Annual statistical returns and brief notes on vaccination in Bengal - 1909-1929
Year: 1909
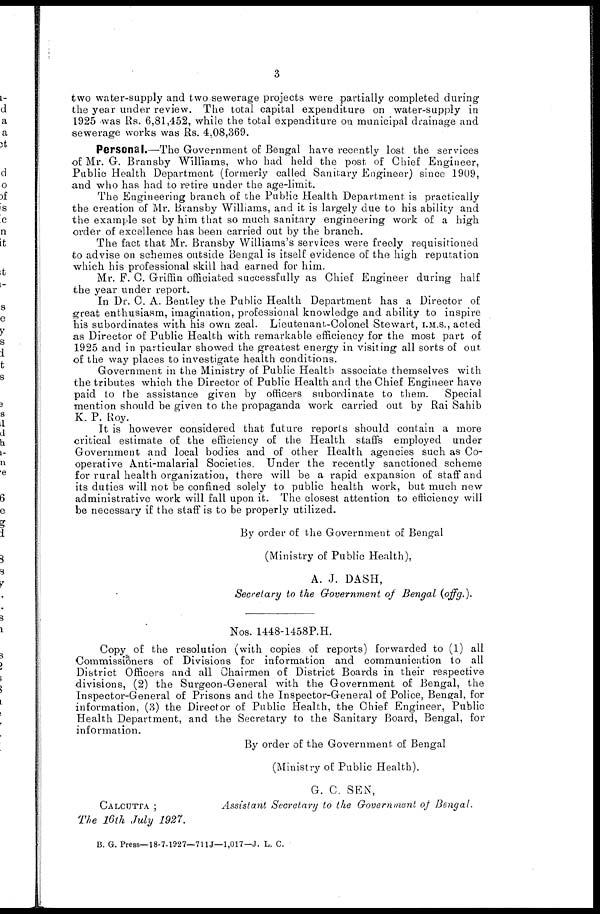
3
two water-supply and two sewerage projects were partially completed during
the year under review. The total capital expenditure on water-supply in
1925 was Rs. 6,81,452, while the total expenditure on municipal drainage and
sewerage works was Rs. 4,08,369.
Personal.—The Government of Bengal have recently lost the services
of Mr. G. Bransby Williams, who had held the post of Chief Engineer,
Public Health Department (formerly called Sanitary Engineer) since 1909,
and who has had to retire under the age-limit.
The Engineering branch of the Public Health Department is practically
the creation of Mr. Bransby Williams, and it is largely due to his ability and
the example set by him that so much sanitary engineering work of a high
order of excellence has been carried out by the branch.
The fact that Mr. Bransby Williams's services were freely requisitioned
to advise on schemes outside Bengal is itself evidence of the high reputation
which his professional skill had earned for him.
Mr. F. C. Griffin officiated successfully as Chief Engineer during half
the year under report.
In Dr. C. A. Bentley the Public Health Department has a Director of
great enthusiasm, imagination, professional knowledge and ability to inspire
his subordinates with his own zeal. Lieutenant-Colonel Stewart, I.M.S., acted
as Director of Public Health with remarkable efficiency for the most part of
1925 and in particular showed the greatest energy in visiting all sorts of out
of the way places to investigate health conditions.
Government in the Ministry of Public Health associate themselves with
the tributes which the Director of Public Health and the Chief Engineer have
paid to the assistance given by officers subordinate to them. Special
mention should be given to the propaganda work carried out by Rai Sahib
K. P. Roy.
It is however considered that future reports should contain a more
critical estimate of the efficiency of the Health staffs employed under
Government and local bodies and of other Health agencies such as Co-
operative Anti-malarial Societies. Under the recently sanctioned scheme
for rural health organization, there will be a rapid expansion of staff and
its duties will not be confined solely to public health work, but much new
administrative work will fall upon it. The closest attention to efficiency will
be necessary if the staff is to be properly utilized.
By order of the Government of Bengal
(Ministry of Public Health),
A. J. DASH,
Secretary to the Government of Bengal (offg.).
Nos. 1448-1458P.H.
Copy of the resolution (with copies of reports) forwarded to (1) all
Commissioners of Divisions for information and communication to all
District Officers and all Chairmen of District Boards in their respective
divisions, (2) the Surgeon-General with the Government of Bengal, the
Inspector-General of Prisons and the Inspector-General of Police, Bengal, for
information, (3) the Director of Public Health, the Chief Engineer, Public
Health Department, and the Secretary to the Sanitary Board, Bengal, for
information.
By order of the Government of Bengal
(Ministry of Public Health),
G. C. SEN,
CALCUTTA ;
Assistant Secretary to the Government of Bengal.
The 16th July 1927.
B. G. Press—18-7-1927—711J—1,017—J. L. C.